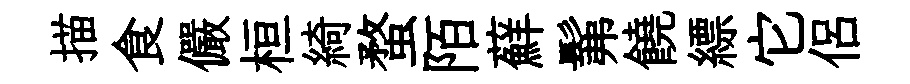
描食儼桓綺蝥陌蘚髴饒縹它侶